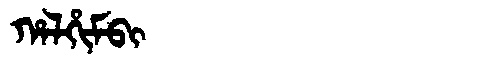
Manchu: ᡥᠠᠯᡥᡳᠮᠪᡳ
Romanization: HALHIMBI